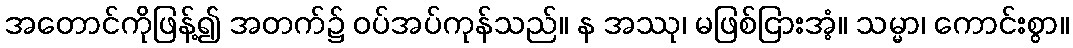
အတောင်ကိုဖြန့်၍ အတက်၌ ဝပ်အပ်ကုန်သည်။ န အဿု၊ မဖြစ်ငြားအံ့။ သမ္မာ၊ ကောင်းစွာ။